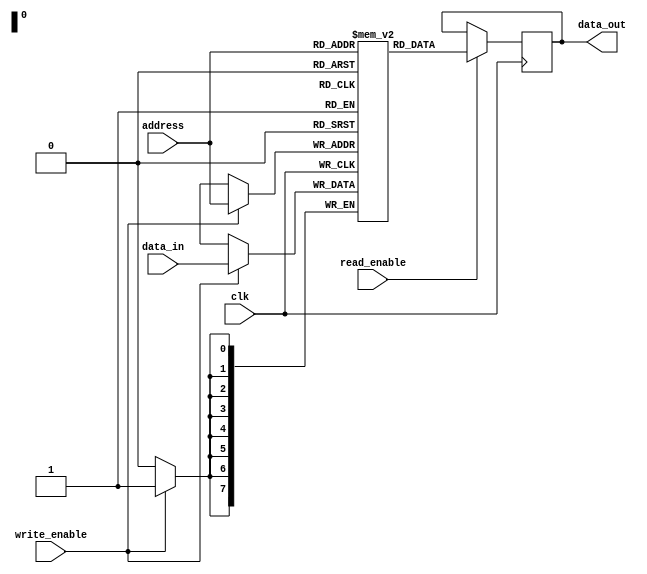
module dual_port_ram(
    input wire clk,
    input wire read_enable,
    input wire write_enable,
    input wire [7:0] data_in,
    input wire [7:0] address,
    output reg [7:0] data_out
);

reg [7:0] ram [0:255]; // 256x8 dual-port RAM

always @(posedge clk) begin
    if (write_enable) begin
        ram[address] <= data_in;
    end
    if (read_enable) begin
        data_out <= ram[address];
    end
end

endmodule